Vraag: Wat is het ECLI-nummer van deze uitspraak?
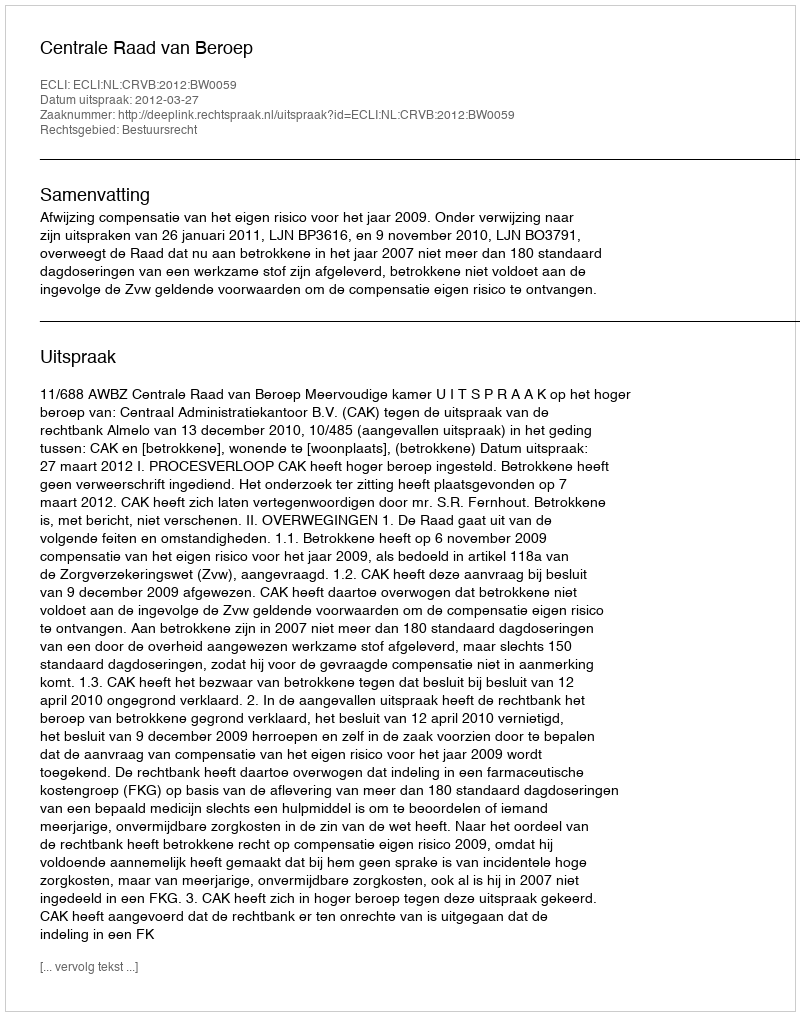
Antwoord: ECLI:NL:CRVB:2012:BW0059